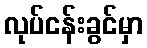
လုပ်ငန်းခွင်မှာ